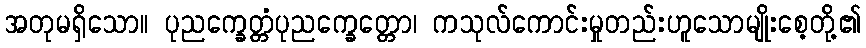
အတုမရှိသော။ ပုညက္ခေတ္တံပုညက္ခေတ္တော၊ ကသုလ်ကောင်းမှုတည်းဟူသောမျိုးစေ့တို့၏